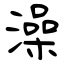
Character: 澡